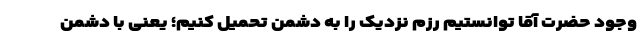
وجود حضرت آقا توانستیم رزم نزدیک را به دشمن تحمیل کنیم؛ یعنی با دشمن